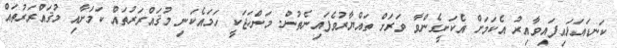
ކަނޑައަޅައިފައިވާއިރު އެކަމަށް އެކަށީގެންވާ ވަރަށް ތައްޔާރުވެފައިނެތުން. މަންހަޖަކީ ހަމައެކަނި މުޤައްރަރުތައް ކަމަށާއި މުޤައްރަރުތައް